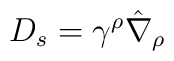
D_s = \gamma^\rho \hat\nabla_\rho